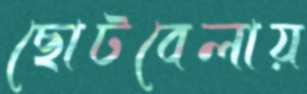
ছোটবেলায়